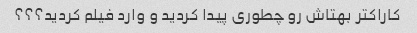
کاراکتر بهتاش رو چطوری پیدا کردید و وارد فیلم کردید؟؟؟